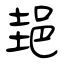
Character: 郌